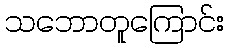
သဘောတူကြောင်း